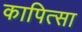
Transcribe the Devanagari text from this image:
कापित्सा